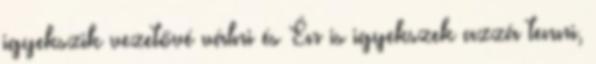
igyekszik vezetővé válni és Én is igyekszek azzá tenni,